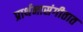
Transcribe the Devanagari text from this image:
प्रार्थनासंगीतात